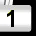
Digit: 1